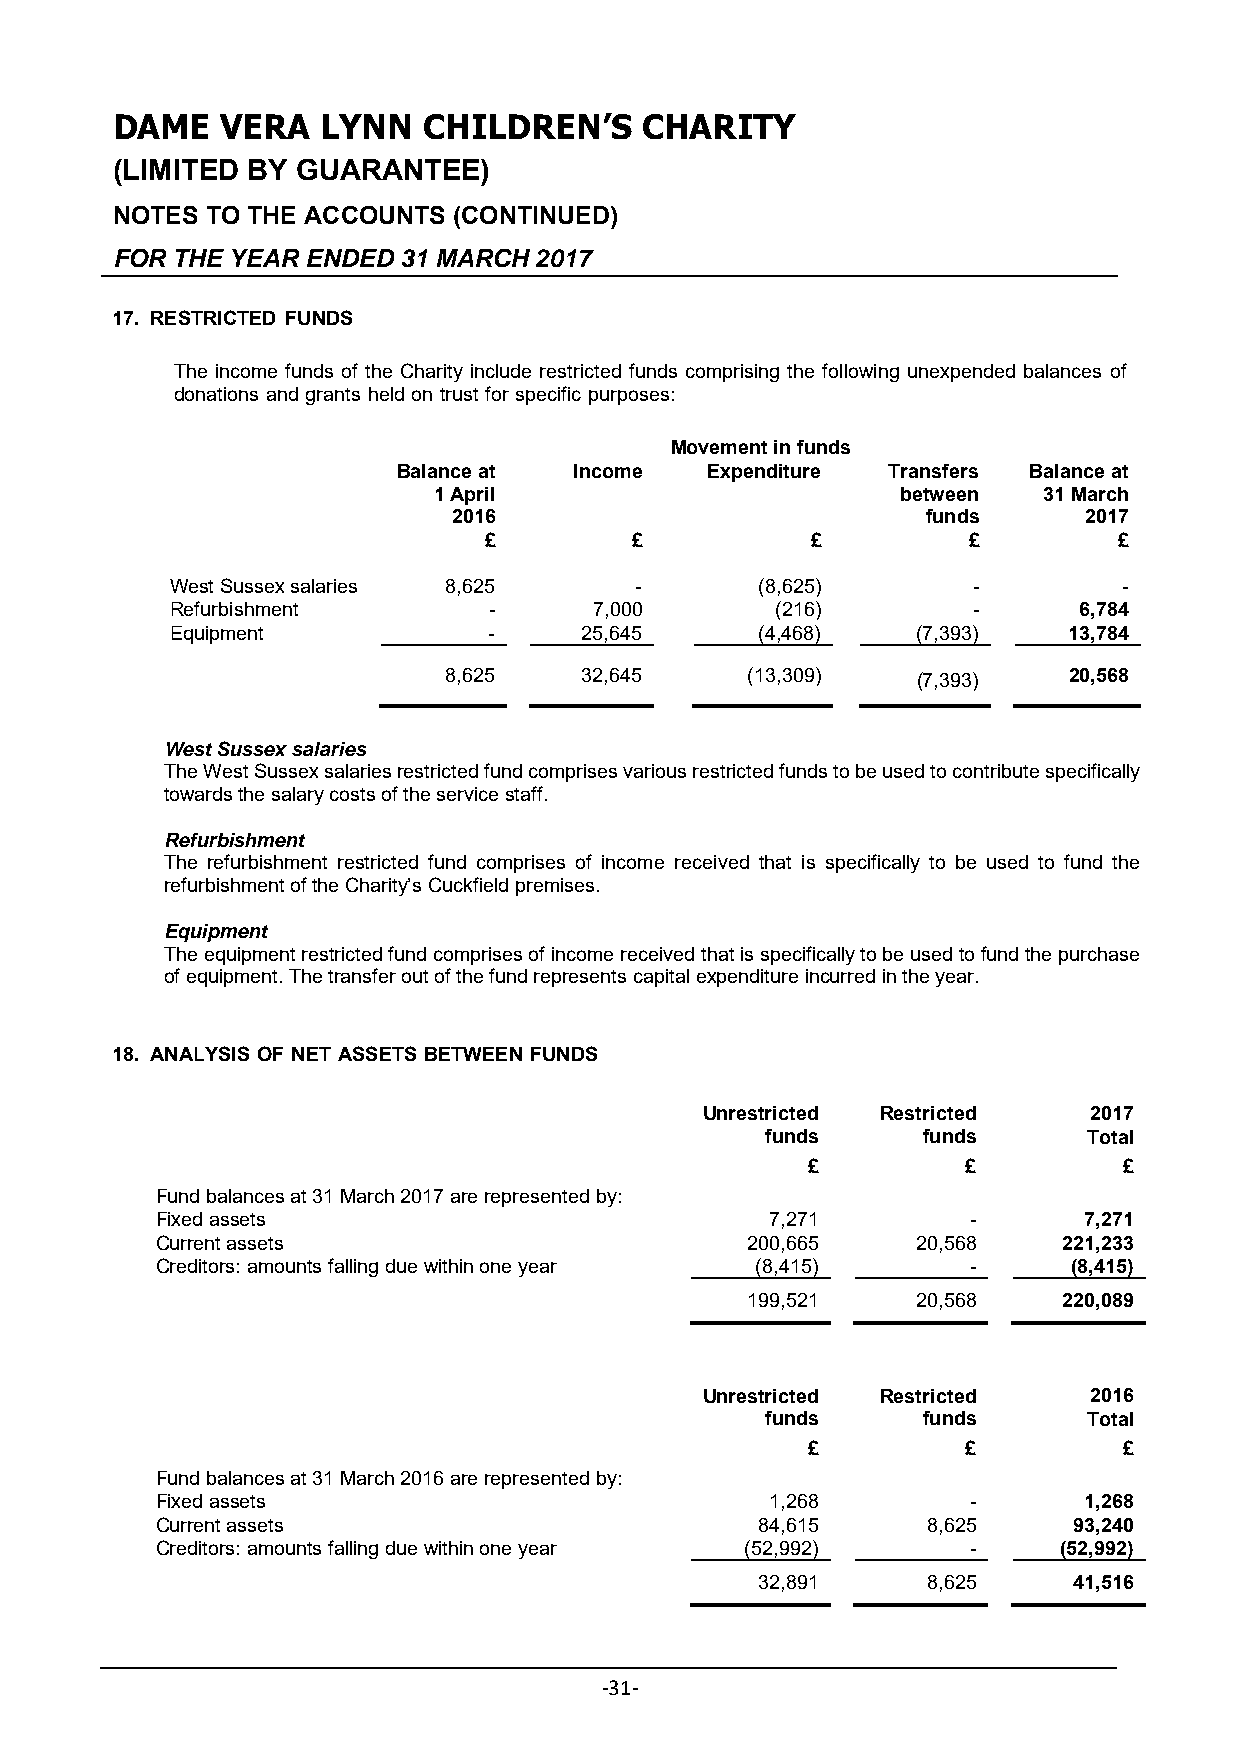
DAME    VERA  LYNN   CHILDREN’S    CHARITY
 (LIMITED BY  GUARANTEE)
 NOTES  TO THE ACCOUNTS (CONTINUED)
 FOR THE YEAR ENDED 31 MARCH 2017
 17. RESTRICTED FUNDS
 The income funds of the Charity include restricted funds comprising the following unexpended balances of
 donations and grants held on trust for specific purposes:
 Movement in funds
 Balance at  Income   Expenditure Transfers Balance at
 1 April                        between  31 March
 2016                           funds      2017
 £         £           £         £         £
 West Sussex salaries 8,625     -       (8,625)       -         -
 Refurbishment        -      7,000       (216)        -      6,784
 Equipment            -      25,645     (4,468)    (7,393)   13,784
 8,625    32,645    (13,309)    (7,393)   20,568
 West Sussex salaries
 The West Sussex salaries restricted fund comprises various restricted funds to be used to contribute specifically
 towards the salary costs of the service staff.
 Refurbishment
 The refurbishment restricted fund comprises of income received that is specifically to be used to fund the
 refurbishment of the Charity’s Cuckfield premises.
 Equipment
 The equipment restricted fund comprises of income received that is specifically to be used to fund the purchase
 of equipment. The transfer out of the fund represents capital expenditure incurred in the year.
 18. ANALYSIS OF NET ASSETS BETWEEN FUNDS
 Unrestricted Restricted   2017
 funds     funds      Total
 £          £         £
 Fund balances at 31 March 2017 are represented by:
 Fixed assets                             7,271        -       7,271
 Current assets                         200,665     20,568   221,233
 Creditors: amounts falling due within one year (8,415) -     (8,415)
 199,521     20,568   220,089
 Unrestricted Restricted   2016
 funds     funds      Total
 £          £         £
 Fund balances at 31 March 2016 are represented by:
 Fixed assets                             1,268        -       1,268
 Current assets                          84,615     8,625     93,240
 Creditors: amounts falling due within one year (52,992) -   (52,992)
 32,891     8,625     41,516
 ‐31‐